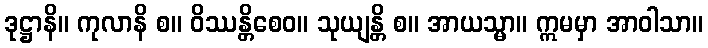
ဒုဋ္ဌာနိ။ ကုလာနိ စ။ ဝိဿန္တိစေဝ။ သုယျန္တိ စ။ အာယသ္မာ။ ဣမမှာ အာဝါသာ။